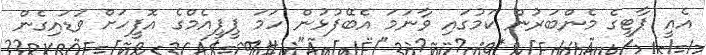
އެއީ ޕާޓީގެ މެންބަރުން ކަމުގައި ވާނަމަ އެބޭފުޅުން ހަމަ ޕީޕީއެމްގެ އޮފީހަށް ވަޑައިގެން